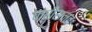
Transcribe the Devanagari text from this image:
करीसनट